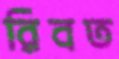
রিবত